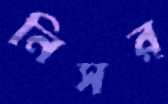
নিসর্